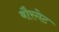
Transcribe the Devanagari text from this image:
बौरगेट